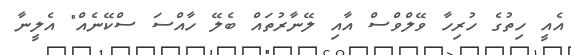
އެއީ ހިތުގެ ހުރިހާ ވޭލްވްސް އާއި ލޭނާރުތައް ބެލޭ ހާއްސަ ސްކޭނެއް" އެލީނާ